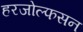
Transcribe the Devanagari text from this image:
हरजोल्फसन